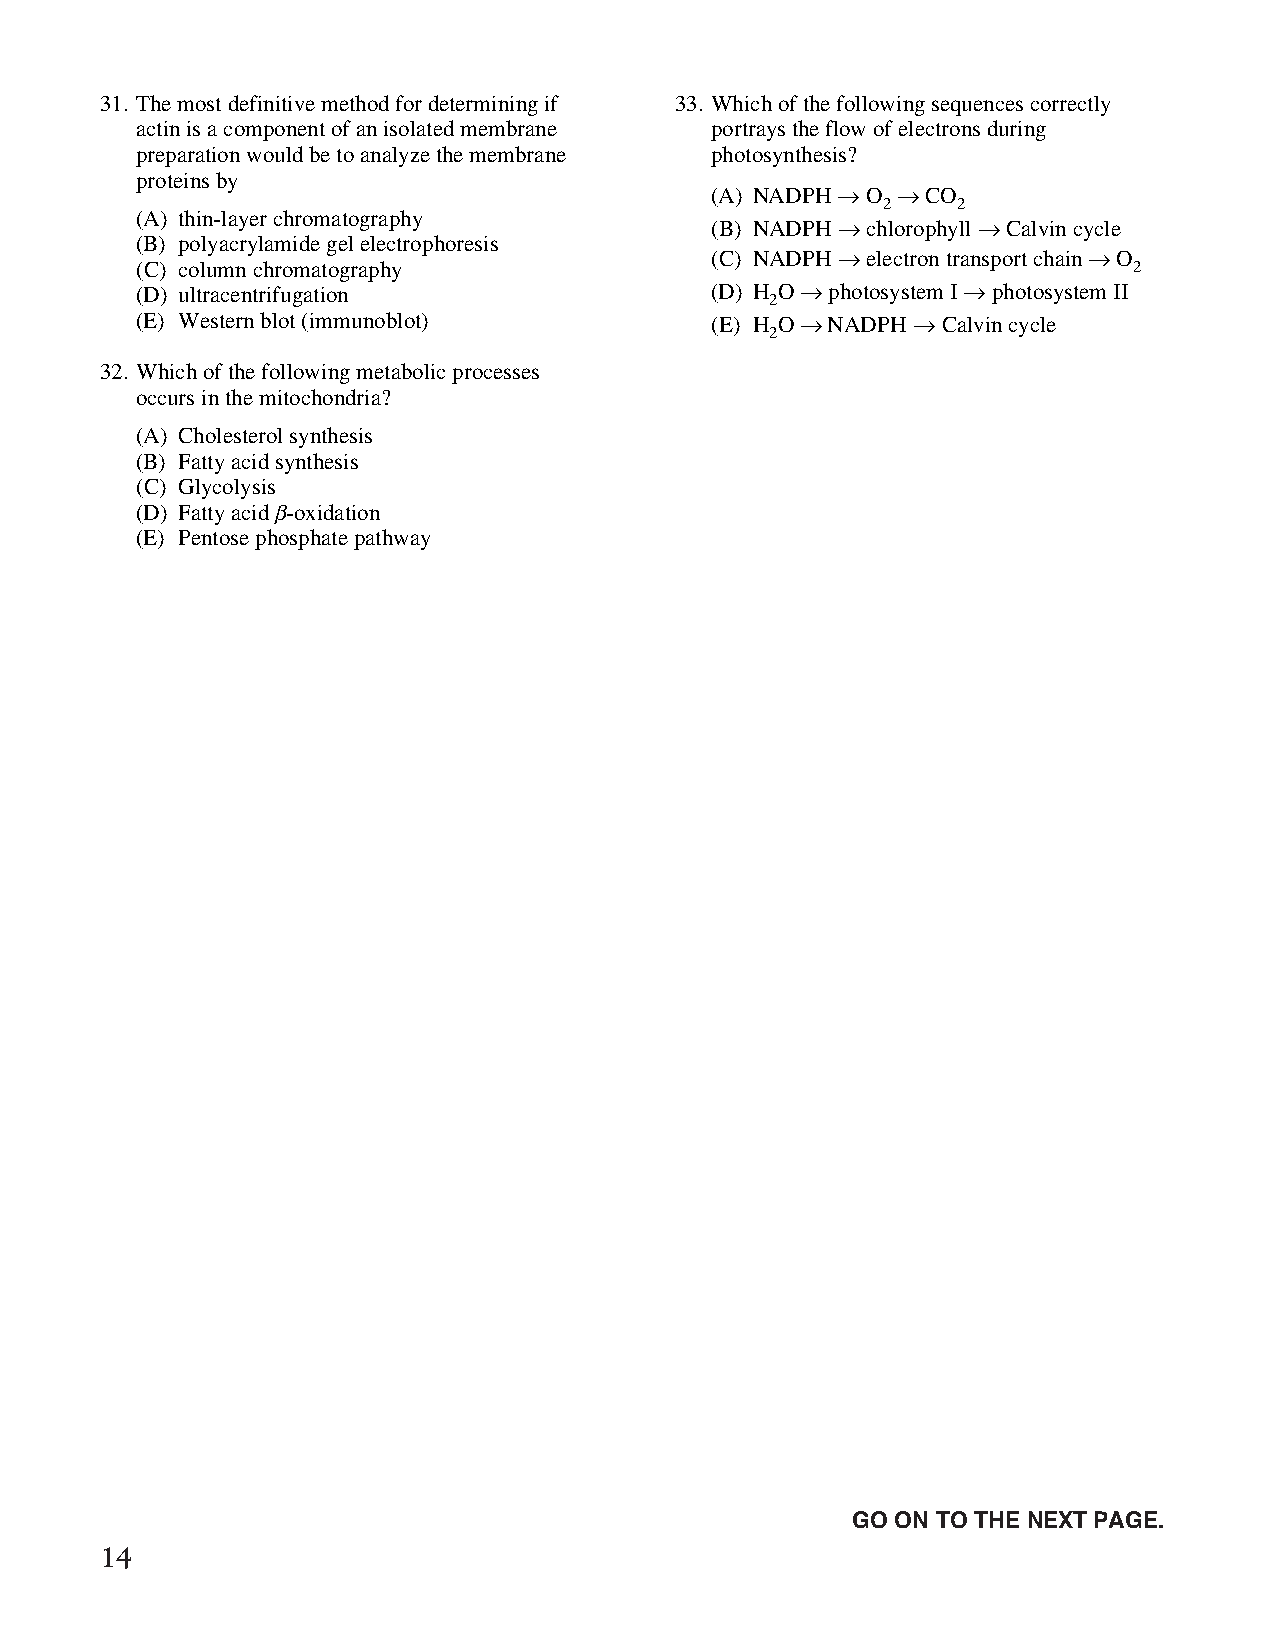
31. The most definitive method for determining if 33. Which of the following sequences correctly
 actin is a component of an isolated membrane portrays the flow of electrons during
 preparation would be to analyze the membrane photosynthesis?
 proteins by
 (A) NADPH Æ O Æ CO
 2    2
 (A) thin-layer chromatography
 (B) NADPH Æ chlorophyll Æ Calvin cycle
 (B) polyacrylamide gel electrophoresis
 (C) NADPH Æ electron transport chain Æ O
 (C) column chromatography                                         2
 (D) ultracentrifugation               (D) H O Æ photosystem I Æ photosystem II
 2
 (E) Western blot (immunoblot)         (E) H O Æ NADPH Æ Calvin cycle
 2
 32. Which of the following metabolic processes
 occurs in the mitochondria?
 (A) Cholesterol synthesis
 (B) Fatty acid synthesis
 (C) Glycolysis
 (D) Fatty acid b-oxidation
 (E) Pentose phosphate pathway
 Unauthorized copying or reuse of
 any part of this page is illegal.               GO ON TO THE NEXT PAGE.
 14
 GO ON TO THE NEXT PAGE.
 -6-
 007884-72507 GRE Biochemistry Test Practise Book • Dr01 4/17/08 ta • Dr02 5/7/08 ta • Dr03 5/20/08 ta • [NEW 108353] • CS6 • Dr01 5/1/15 jw • [New
 Job] 007884-113203 Drft01 3/22/16 ew